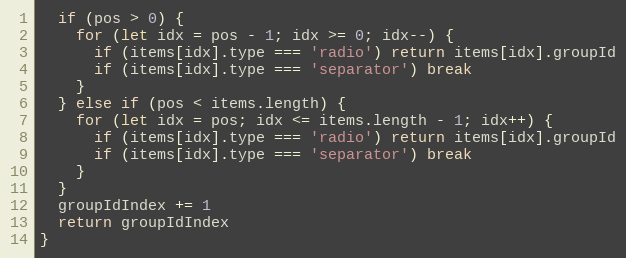
Language: JavaScript
  if (pos > 0) {
    for (let idx = pos - 1; idx >= 0; idx--) {
      if (items[idx].type === 'radio') return items[idx].groupId
      if (items[idx].type === 'separator') break
    }
  } else if (pos < items.length) {
    for (let idx = pos; idx <= items.length - 1; idx++) {
      if (items[idx].type === 'radio') return items[idx].groupId
      if (items[idx].type === 'separator') break
    }
  }
  groupIdIndex += 1
  return groupIdIndex
}